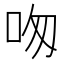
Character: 𠰯